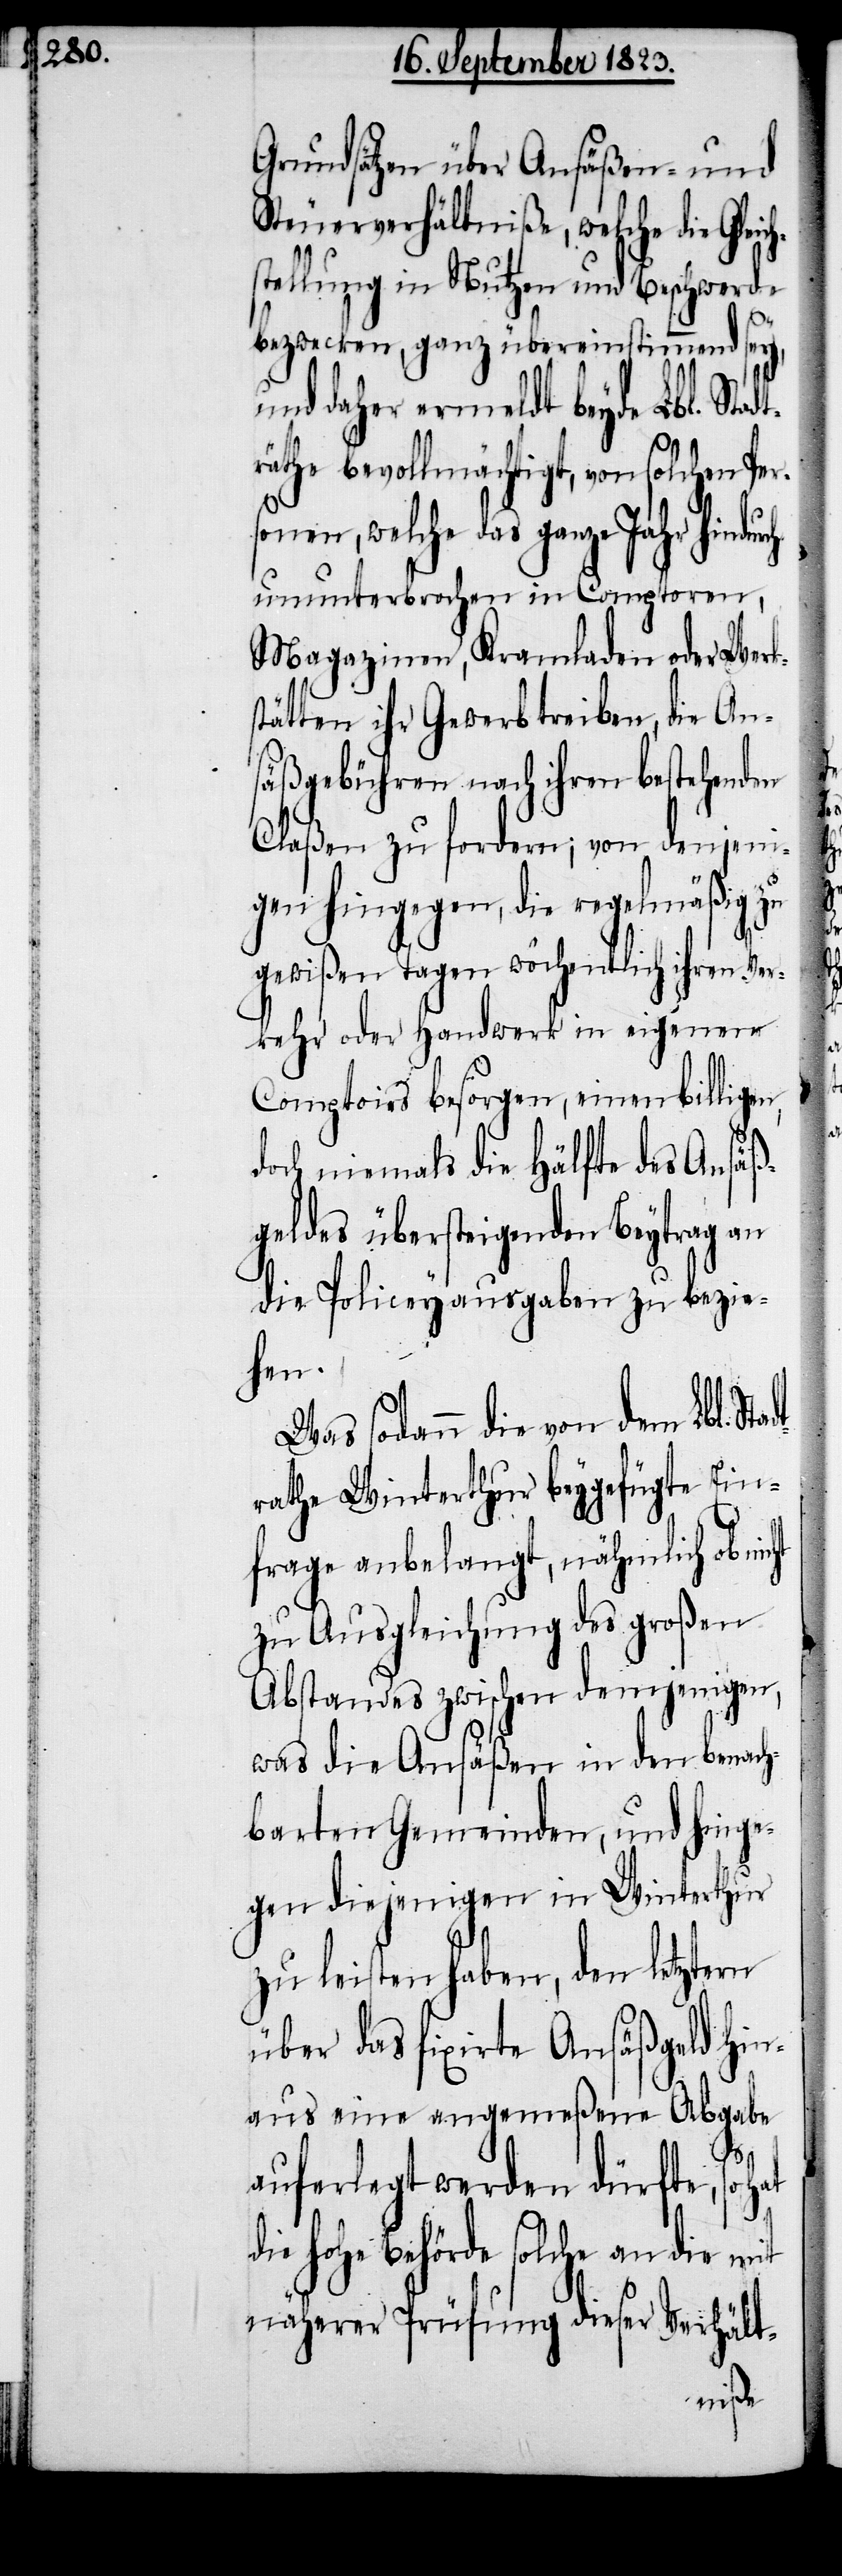
Grundsätzen über Ansäßen- und
Steuerverhältniße, welche die Gle¬
stellung in Nutzen und Beschwerde
bezwecken, ganz übereinstimmend sey,
und daher ermeldt beyde Lbl. Sta¬
räthe bevollmächtigt, von solchen Per¬
sonen, welche das ganze Jahr hindu¬
ununterbrochen in Comptoren,
Magazinen, Kramladen oder Werks¬
tätten ihr Gewerb treiben, die An¬
säßgebühren nach ihren bestehenden
Claßen zu fordern; von denjeni¬
gen hingegen, die regelmäßig zu
gewißen Tagen wöchentlich ihren V¬
erkehr oder Handwerk in eigenen
Comptoirs besorgen, einen billigen,
doch niemals die Hälfte des Ansäß¬
geldes übersteigenden Beytrag an
die Policeyausgaben zu bezie¬
hen.
Was sodann die von dem Lbl. Sta¬
rathe Winterthur beygefügte Ein¬
frage anbelangt, nähmlich ob nic¬
zu Ausgleichung des großen
Abstandes zwischen demjenigen,
was die Ansäßen in den benach¬
barten Gemeinden, und hinge¬
gen diejenigen in Winterthur
zu leisten haben, den letztern
über das fixirte Ansäßgeld hin¬
aus eine angemeßene Abgabe
ht
auferlegt werden dürfte, so
die hohe Behörde solche an die mit
näherer Prüfung dieser Verhält-